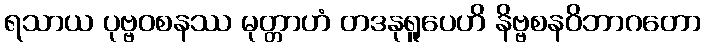
ရသာယ ပုဗ္ဗဝစနဿ မုတ္တာဟံ တဒနုရူပေဟိ နိဗ္ဗစနဝိဘာဂတော